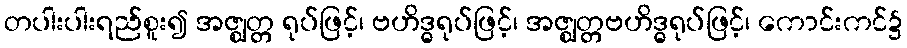
တပါးပါးရည်စူး၍ အဇ္ဈတ္တ ရုပ်ဖြင့်၊ ဗဟိဒ္ဓရုပ်ဖြင့်၊ အဇ္ဈတ္တဗဟိဒ္ဓရုပ်ဖြင့်၊ ကောင်းကင်၌